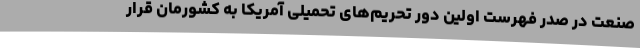
صنعت در صدر فهرست اولین دور تحریم‌های تحمیلی آمریکا به کشورمان قرار